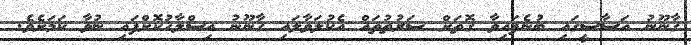
ގާނޫނު އަސާސީގައި ބުނެފައިވާ ގޮތަށް ޝަރުތުތައް އެކުލަވާލައި ގާނޫނު އިސްލާހުކޮށްފައި ނުވާ ކަމަށެވެ.